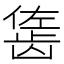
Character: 𬺇